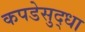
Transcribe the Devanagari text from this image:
कपडेसुद्धा